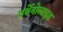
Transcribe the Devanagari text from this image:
पर्थेनोलाइड